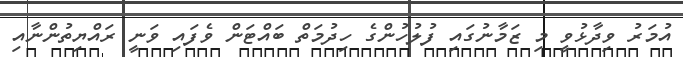
އުމަރު ވިދާޅުވީ މި ޒަމާނުގައި ފުލުހުންގެ ހިދުމަތް ބައްޓަން ވެފައި ވަނީ ރައްޔިތުންނާއި